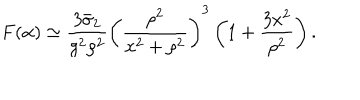
LaTeX: F ( \alpha ) \simeq \frac { 3 \bar { \sigma } _ { 2 } } { g ^ { 2 } \rho ^ { 2 } } \left( \frac { \rho ^ { 2 } } { x ^ { 2 } + \rho ^ { 2 } } \right) ^ { 3 } \left( 1 + \frac { 3 x ^ { 2 } } { \rho ^ { 2 } } \right) .